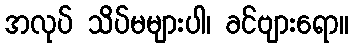
အလုပ် သိပ်မများပါ၊ ခင်ဗျားရော။